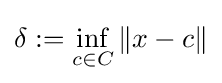
\delta :=\inf _{c\in C}\|x-c\|